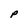
Character: P